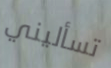
تسأليني